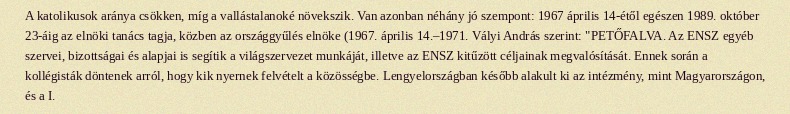
A katolikusok aránya csökken, míg a vallástalanoké növekszik. Van azonban néhány jó szempont: 1967 április 14-étől egészen 1989. október 23-áig az elnöki tanács tagja, közben az országgyűlés elnöke (1967. április 14.–1971. Vályi András szerint: "PETŐFALVA. Az ENSZ egyéb szervei, bizottságai és alapjai is segítik a világszervezet munkáját, illetve az ENSZ kitűzött céljainak megvalósítását. Ennek során a kollégisták döntenek arról, hogy kik nyernek felvételt a közösségbe. Lengyelországban később alakult ki az intézmény, mint Magyarországon, és a I.